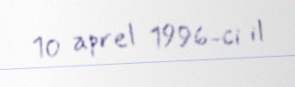
10 aprel 1996-ci il